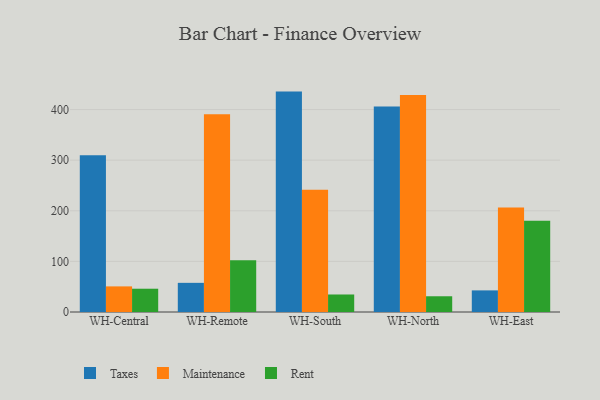
{"axis": {"x": "Warehouse", "y": "Backlog"}, "legend": ["Maintenance", "Rent", "Taxes"], "data": [{"x": "WH-Central", "y": 309.8, "type": "Taxes"}, {"x": "WH-Central", "y": 50.6, "type": "Maintenance"}, {"x": "WH-Central", "y": 46.0, "type": "Rent"}, {"x": "WH-Remote", "y": 57.6, "type": "Taxes"}, {"x": "WH-Remote", "y": 390.8, "type": "Maintenance"}, {"x": "WH-Remote", "y": 102.3, "type": "Rent"}, {"x": "WH-South", "y": 435.5, "type": "Taxes"}, {"x": "WH-South", "y": 241.6, "type": "Maintenance"}, {"x": "WH-South", "y": 34.6, "type": "Rent"}, {"x": "WH-North", "y": 406.1, "type": "Taxes"}, {"x": "WH-North", "y": 429.0, "type": "Maintenance"}, {"x": "WH-North", "y": 31.1, "type": "Rent"}, {"x": "WH-East", "y": 42.7, "type": "Taxes"}, {"x": "WH-East", "y": 206.4, "type": "Maintenance"}, {"x": "WH-East", "y": 180.2, "type": "Rent"}]}